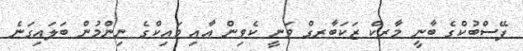
ފޭސްބުކްގެ ބާނީ މާރކް ޒަކަބާރގް ވަނީ ކެވިން އާއި މައިކްގެ ނިންމުން ބަލައިގަނެ